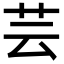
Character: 芸